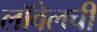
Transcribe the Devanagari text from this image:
लॉवेलची